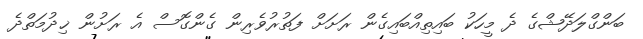
ބަންގްލަދޭޝްގެ ދެ މީހަކު ބައިތިއްބައިގެން ރަށަށް ފަތުރުވެރިން ގެންގޮސް އެ ރަށުން ޚިދުމަތްދެ